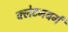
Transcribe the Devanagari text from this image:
क्लेटनबर्ग